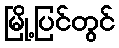
မြို့ပြင်တွင်